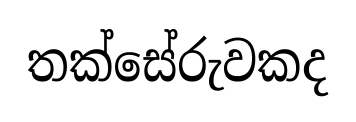
තක්සේරුවකද